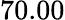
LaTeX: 70.00